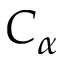
C _ { \alpha }